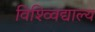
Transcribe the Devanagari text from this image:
विश्व्विद्याल्य